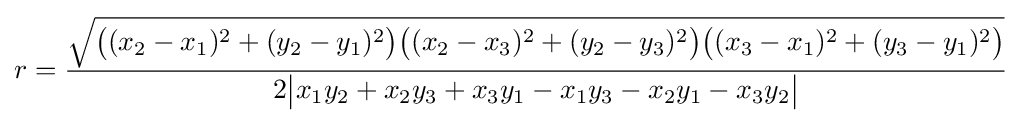
r={\frac {\sqrt {{\bigl (}(x_{2}-x_{1})^{2}+(y_{2}-y_{1})^{2}{\bigr )}{\bigl (}(x_{2}-x_{3})^{2}+(y_{2}-y_{3})^{2}{\bigr )}{\bigl (}(x_{3}-x_{1})^{2}+(y_{3}-y_{1})^{2}{\bigr )}}}{2{\bigl |}x_{1}y_{2}+x_{2}y_{3}+x_{3}y_{1}-x_{1}y_{3}-x_{2}y_{1}-x_{3}y_{2}{\bigr |}}}